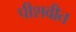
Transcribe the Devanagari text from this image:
पीशवीत